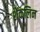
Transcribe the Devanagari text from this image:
शेंकलिन